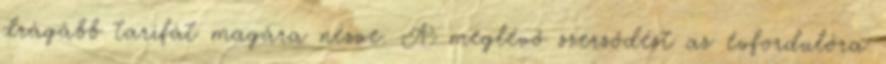
drágább tarifát magára nézve. A meglévő szerződést az évfordulóra